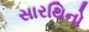
સારથિનો